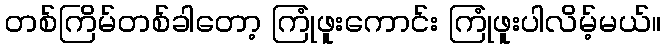
တစ်ကြိမ်တစ်ခါတော့ ကြုံဖူးကောင်း ကြုံဖူးပါလိမ့်မယ်။